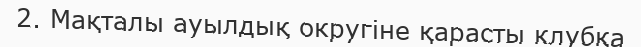
2. Мақталы ауылдық округіне қарасты клубқа